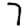
Digit: 7